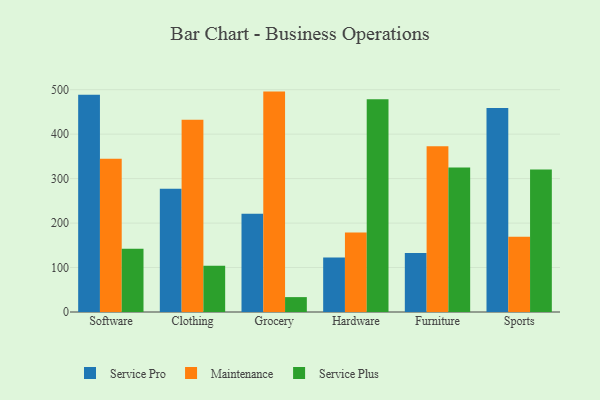
{"axis": {"x": "Category", "y": "Bounce Rate (%)"}, "legend": ["Maintenance", "Service Plus", "Service Pro"], "data": [{"x": "Software", "y": 488.6, "type": "Service Pro"}, {"x": "Software", "y": 344.4, "type": "Maintenance"}, {"x": "Software", "y": 142.0, "type": "Service Plus"}, {"x": "Clothing", "y": 277.0, "type": "Service Pro"}, {"x": "Clothing", "y": 432.5, "type": "Maintenance"}, {"x": "Clothing", "y": 104.0, "type": "Service Plus"}, {"x": "Grocery", "y": 220.7, "type": "Service Pro"}, {"x": "Grocery", "y": 495.7, "type": "Maintenance"}, {"x": "Grocery", "y": 33.5, "type": "Service Plus"}, {"x": "Hardware", "y": 122.4, "type": "Service Pro"}, {"x": "Hardware", "y": 179.0, "type": "Maintenance"}, {"x": "Hardware", "y": 478.4, "type": "Service Plus"}, {"x": "Furniture", "y": 132.9, "type": "Service Pro"}, {"x": "Furniture", "y": 372.6, "type": "Maintenance"}, {"x": "Furniture", "y": 324.8, "type": "Service Plus"}, {"x": "Sports", "y": 458.8, "type": "Service Pro"}, {"x": "Sports", "y": 169.0, "type": "Maintenance"}, {"x": "Sports", "y": 320.7, "type": "Service Plus"}]}